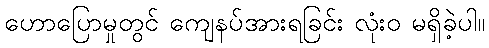
ဟောပြောမှုတွင် ကျေနပ်အားရခြင်း လုံးဝ မရှိခဲ့ပါ။